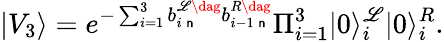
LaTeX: |V_{3}\rangle=e^{-\sum_{i=1}^{3}b_{i\, \mathsf{n}}^{\mathscr{L}\dag}b_{i-1\, \mathsf{n}}^{R\dag}}\Pi_{i=1}^{3}|0\rangle_{i}^{\mathscr{L}}|0\rangle_{i}^{R}.